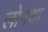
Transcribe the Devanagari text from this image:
लोमशा